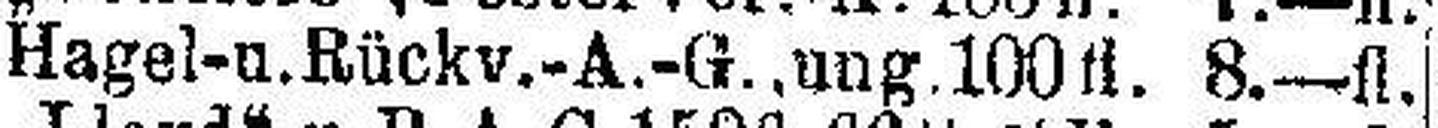
Hagel-u.Rückv.-A.-G., ung. 100fl. 8.—fl.